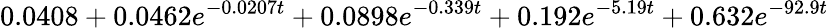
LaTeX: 0.0408+0.0462e^{-0.0207t}+0.0898e^{-0.339t}+0.192e^{-5.19t}+0.632e^{-92.9t}